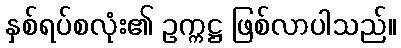
နှစ်ရပ်စလုံး၏ ဥက္ကဋ္ဌ ဖြစ်လာပါသည်။